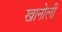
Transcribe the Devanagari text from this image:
खानोली